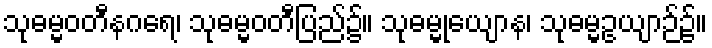
သုဓမ္မဝတီနဂရေ၊ သုဓမ္မဝတီပြည်၌။ သုဓမ္မုယျောန၊ သုဓမ္မဥယျာဉ်၌။